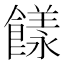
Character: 𩞭